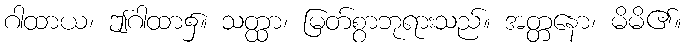
ဂါထာယ၊ ဤဂါထာ၌။ သတ္ထာ၊ မြတ်စွာဘုရားသည်။ အတ္တနော၊ မိမိ၏။